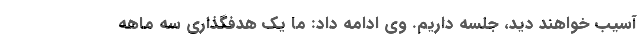
آسیب خواهند دید، جلسه داریم. وی ادامه داد: ما یک هدفگذاری سه ماهه